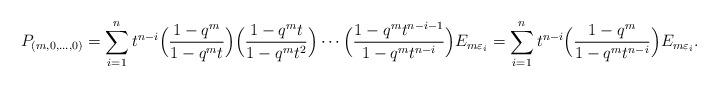
LaTeX: \begin{align*}P_{(m,0,\ldots, 0)} &= \sum_{i=1}^n t^{n-i} \Big(\frac{1-q^m}{1-q^mt}\Big)\Big(\frac{1-q^m t}{1-q^m t^2}\Big)\cdots \Big( \frac{1-q^mt^{n-i-1}}{1-q^mt^{n-i}}\Big)E_{m\varepsilon_i}= \sum_{i=1}^n t^{n-i} \Big(\frac{1-q^m}{1-q^mt^{n-i}}\Big) E_{m\varepsilon_i}.\end{align*}